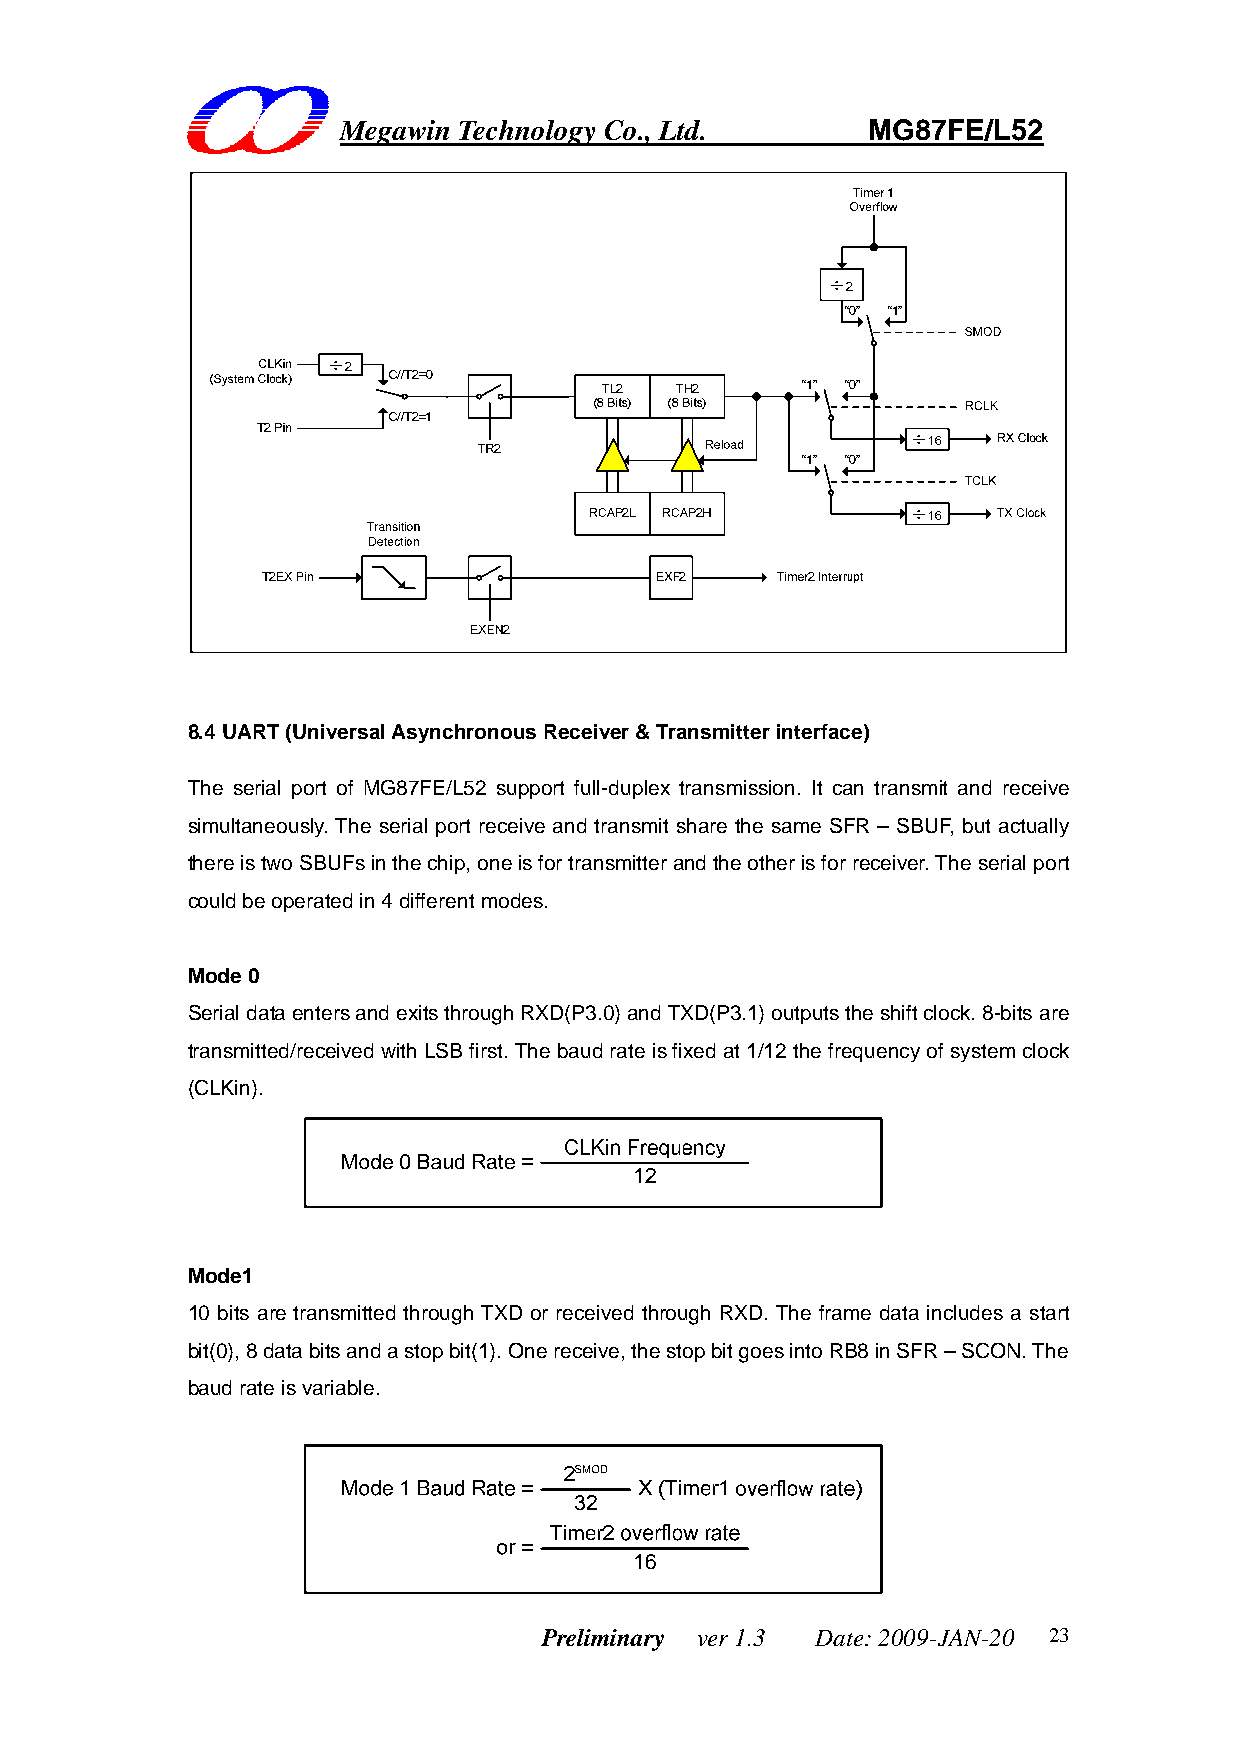
Megawin Technology Co., Ltd.       MG87FE/L52
 8.4 UART (Universal Asynchronous Receiver & Transmitter interface)
 The serial port of MG87FE/L52 support full-duplex transmission. It can transmit and receive
 simultaneously. The serial port receive and transmit share the same SFR – SBUF, but actually
 there is two SBUFs in the chip, one is for transmitter and the other is for receiver. The serial port
 could be operated in 4 different modes.
 Mode 0
 Serial data enters and exits through RXD(P3.0) and TXD(P3.1) outputs the shift clock. 8-bits are
 transmitted/received with LSB first. The baud rate is fixed at 1/12 the frequency of system clock
 (CLKin).
 Mode1
 10 bits are transmitted through TXD or received through RXD. The frame data includes a start
 bit(0), 8 data bits and a stop bit(1). One receive, the stop bit goes into RB8 in SFR – SCON. The
 baud rate is variable.
 Preliminary ver 1.3 Date: 2009-JAN-20 23